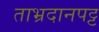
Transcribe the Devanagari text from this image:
ताभ्रदानपट्ट